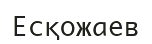
Есқожаев